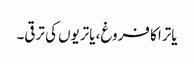
یاترا کا فروغ، یاتریوں کی ترقی۔